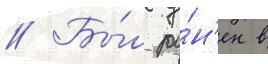
// Бы́л ра́н'ен в